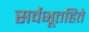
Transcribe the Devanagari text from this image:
सर्वभूतहिते